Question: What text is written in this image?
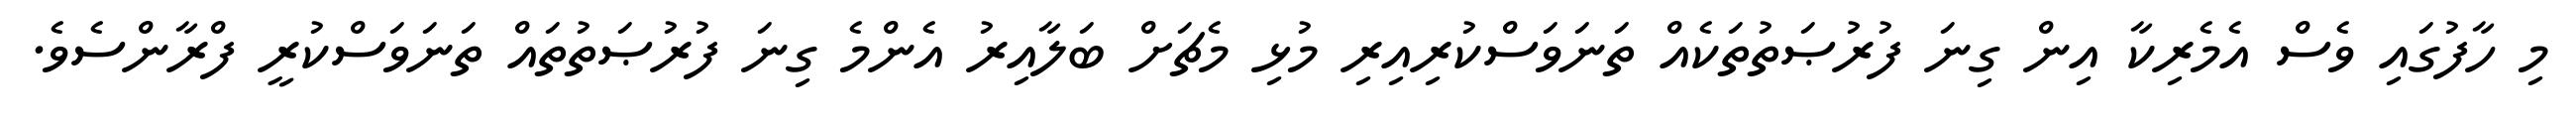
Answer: މި ހާފުގައި ވެސް އެމެރިކާ އިން ގިނަ ފުރުޞަތުތަކެއް ތަނަވަސްކުރިއިރި މުޅި މެޗަށް ބަލާއިރު އެންމެ ގިނަ ފުރުޞަތުތައް ތަނަވަސްކުރީ ފްރާންސެވެ.